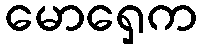
မောရှေက